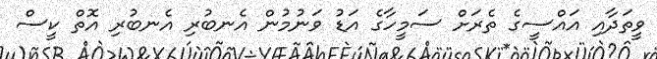
ވީތަދާއި އައްސީގެ ތެރަށް ސަމީހާގެ އަޑު ވަނުމުން އެނބުރި އެނބުރި އޮތް ކީސް